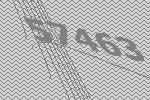
57463